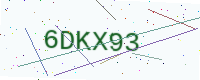
Text: 6DKX93